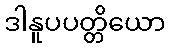
ဒါနူပပတ္တိယော